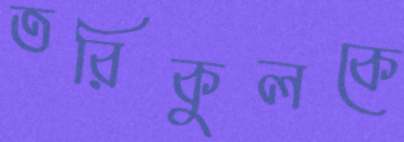
তরিকুলকে